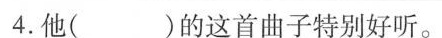
4.他（ ）的这首曲子特别好听。